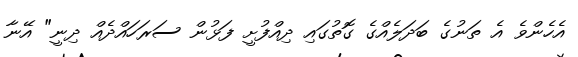
އެހެންވެ އެ ތަނުގެ ބަދަލެއްގެ ގޮތުގައި ދިއްފުށީ ފަޅުން ސަރަހައްދެއް ދިނީ" އޭނާ